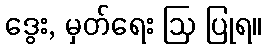
ဒွေး, မှတ်ရေး ဩ ပြုရ။